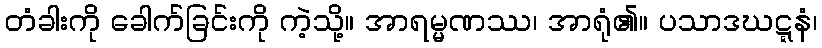
တံခါးကို ခေါက်ခြင်းကို ကဲ့သို့။ အာရမ္မဏဿ၊ အာရုံ၏။ ပသာဒဃဋ္ဋနံ၊